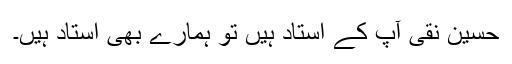
حسین نقی آپ کے استاد ہیں تو ہمارے بھی استاد ہیں۔